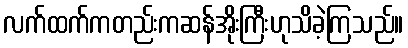
လက်ထက်ကတည်းကဆန်အိုးကြီးဟုသိခဲ့ကြသည်။